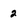
Character: 2